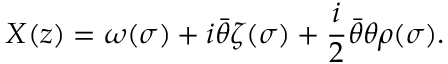
X ( z ) = \omega ( \sigma ) + i { \bar { \theta } } \zeta ( \sigma ) + \frac { i } { 2 } { \bar { \theta } } \theta \rho ( \sigma ) .